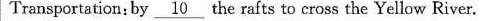
Transportation:by \underline{10} the rafts to cross the Yellow River.